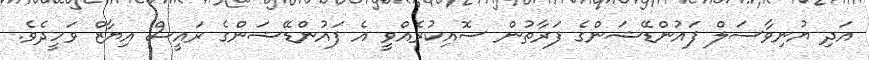
އަދި ޔުނިވާސަލް ފައުންޑޭޝަންގެ ފަރާތުން ސޮއިކުރެއްވީ އެ ފައުންޑޭޝަންގެ ރައީސް އިޔާޒް ވަހީދެވެ.